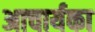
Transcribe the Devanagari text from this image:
अाचार्यका